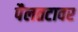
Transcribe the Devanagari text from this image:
पैलतटावर